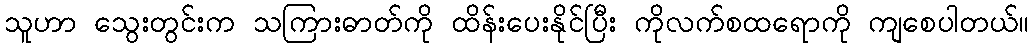
သူဟာ သွေးတွင်းက သကြားဓာတ်ကို ထိန်းပေးနိုင်ပြီး ကိုလက်စထရောကို ကျစေပါတယ်။